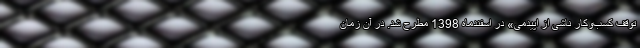
توقف کسب‌وکار ناشی از اپیدمی» در اسفندماه 1398 مطرح شد. در آن زمان